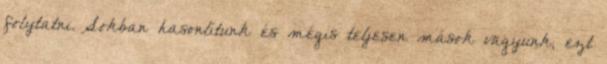
folytatni. Sokban hasonlítunk és mégis teljesen mások vagyunk, ezt